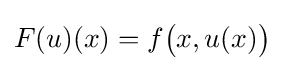
F(u)(x)=f{\big (}x,u(x){\big )}